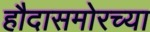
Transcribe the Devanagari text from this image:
हौदासमोरच्या